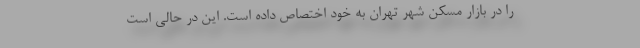
را در بازار مسکن شهر تهران به خود اختصاص داده است. این در حالی است